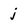
Character: j